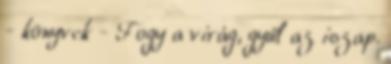
- könyvek - Fogy a virág, gyűl az iszap.